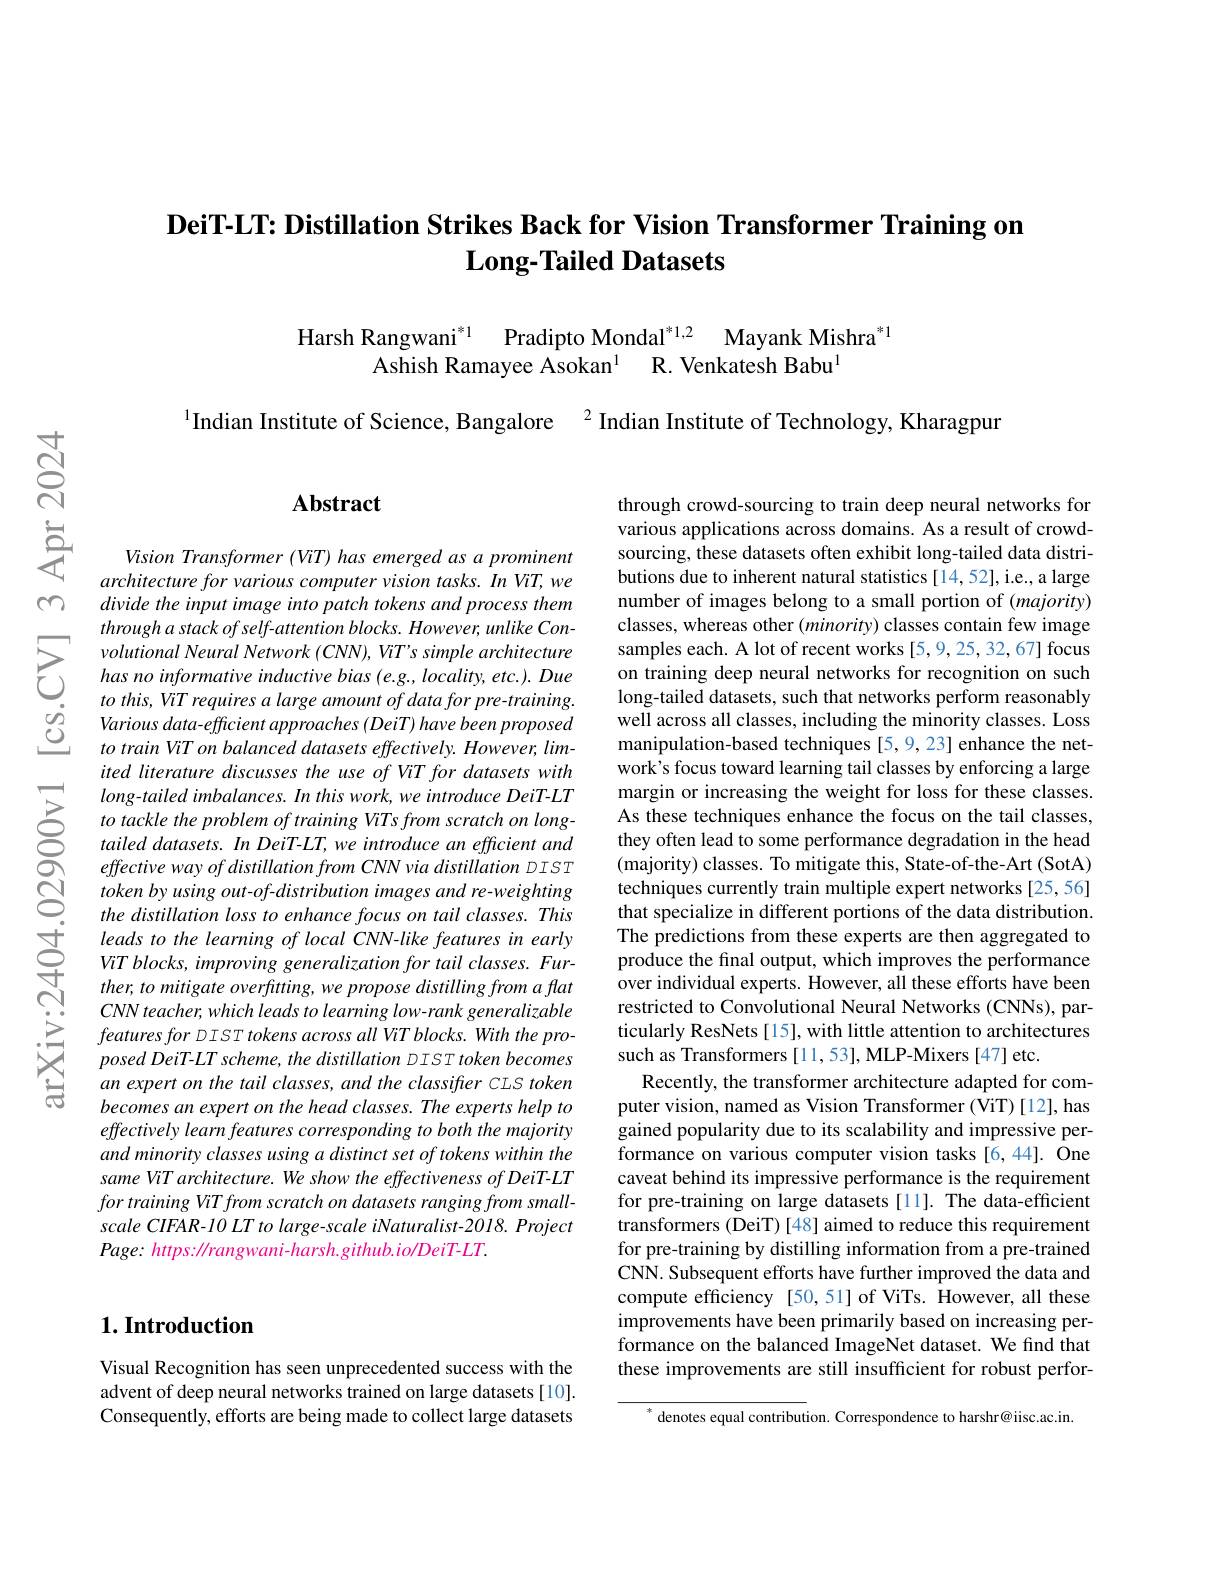
## DeiT-LT: Distillation Strikes Back for Vision Transformer Training on $\mathbf{Long-Tailed~Datasets}$

Harsh Rangwani$^{* 1}$ Pradipto Mondal$^{* 1, 2}$ Mayank Mishra$^{*1}$
Ashish Ramayee Asokan$^1$ R. Venkatesh Babu$^{1}$

$^{1}$Indian Institute of Science, Bangalore$^{2}$ Indian Institute of Technology, Kharagpur

Abstract

Vision Transformer (ViT) has emerged as a prominent $architecture\textit{ for various computer vision tasks. In ViT, we}$ divide the input image into patch tokens and process them through a stack of self-attention blocks. However, unlike Con-
$\sum_{\begin{aligned}&\text{volutional Nenval Nenvork (CNN), VT's simple architecture}&\text{samples each. A lot of recent works[5,9,25,32,67] focus}\\&\text{has no informative induccive bias (e.g, locality, etc.).Due}&\text{on training deep neural networks for recognition on such}\\&\text{to thi}\end{aligned}}$
Various data-efficient approaches (DeiT) have been proposed $to\textit{ train ViT on balanced datasets effectively. However, lim- }$ ited literature discusses the use of ViT for datasets with $long-tailed$ imbalances. In this work, we introduce DeiT-LT to tackle the problem of training ViTs from scratch on longtailed datasets. In DeiT-LT, we introduce an efficient and effective way of distillation from CNN via distillation DIST token by using out-of-distribution images and re-weighting the distillation loss to enhance focus on tail classes. This
CNN teacher, which leads to learning low- rank generalizable posed DeiT-LT scheme, the distillation DIST token becomes an expert on the tail classes, and the classifier CLS token becomes an expert on the head classes. The experts help to effectively learn features corresponding to both the majority and minority classes using a distinct set of tokens within the same ViT architecture. We show the effectiveness of DeiT-LT for training ViTfrom scratch $on$ datasets ranging from $small-$ scale CIFAR-10 LT to large-scale iNaturalist-2018. Project $Page:https://rangwani-harsh.github.io/DeiT-LT.$

### $1. \textbf{Introduction}$

Visual Recognition has seen unprecedented success with the advent of deep neural networks trained on large datasets [10]. Consequently, efforts are being made to collect large datasets

through crowd-sourcing to train deep neural networks for various applications across domains. As a result of crowdsourcing, these datasets often exhibit long-tailed data distributions due to inherent natural statistics [14,52], i.e., a large number of images belong to a small portion of (majority) classes, whereas other $(minority)$ classes contain few image well across all classes, including the minority classes. Loss manipulation-based techniques [5,9,23] enhance the network's focus toward learning tail classes by enforcing a large margin or increasing the weight for loss for these classes. As these techniques enhance the focus on the tail classes, they often lead to some performance degradation in the head (majority) classes. To mitigate this, State-of-the-Art (SotA) techniques currently train multiple expert networks [25,56] that specialize in different portions of the data distribution. restricted to Convolutional Neural Networks (CNNs), particularly ResNets [15], with little attention to architectures such as Transformers [11,53], MLP-Mixers [47] etc.
Recently, the transformer architecture adapted for computer vision, named as Vision Transformer (ViT)[12], has gained popularity due to its scalability and impressive performance on various computer vision tasks [6,44]. One caveat behind its impressive performance is the requirement for pre-training on large datasets [11]. The data-efficient transformers (DeiT) [48] aimed to reduce this requirement for pre-training by distilling information from a pre-trained CNN. Subsequent efforts have further improved the data and compute efficiency [50,51] of ViTs. However, all these improvements have been primarily based on increasing performance on the balanced ImageNet dataset. We find that these improvements are still insufficient for robust perfor-

$^{*}$ denotes equal contribution. Correspondence to harshr@iisc.ac.in.